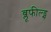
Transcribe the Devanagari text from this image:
ब्लूफील्ड्स